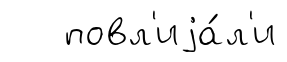
повл'иjа́л'и